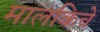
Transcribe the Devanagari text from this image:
मालकिचे